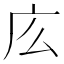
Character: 庅